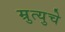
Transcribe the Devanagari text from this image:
म्रुत्युचे